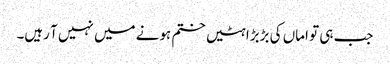
جب ہی تو اماں کی بڑبڑاہٹیں ختم ہونے میں نہیں آ رہیں۔